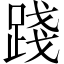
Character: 踐